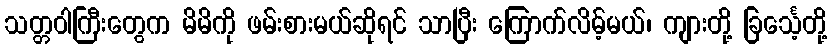
သတ္တဝါကြီးတွေက မိမိကို ဖမ်းစားမယ်ဆိုရင် သာပြီး ကြောက်လိမ့်မယ်၊ ကျားတို့ ခြင်္သေ့တို့